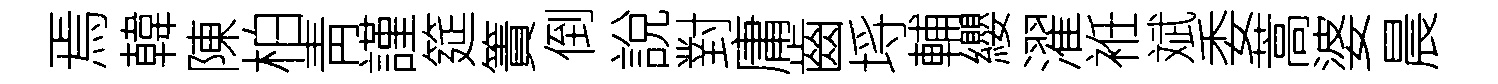
焉韓陳柏靑謹筵簀倒說對庸齒埓輔纓濯袵斌委蒿婆晨